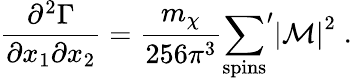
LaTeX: \frac{\partial^{2}\Gamma}{\partial x_{1}\partial x_{2}}={\frac{m_{\chi}}{256\pi^{3}}}{\sum_{\mathrm{spins}}}^{\prime}\left|{\cal M}\right|^{2}\; .